Vaccination North-Western Provinces and Oudh 1878-1895 - 1878-1895
Year: 1878
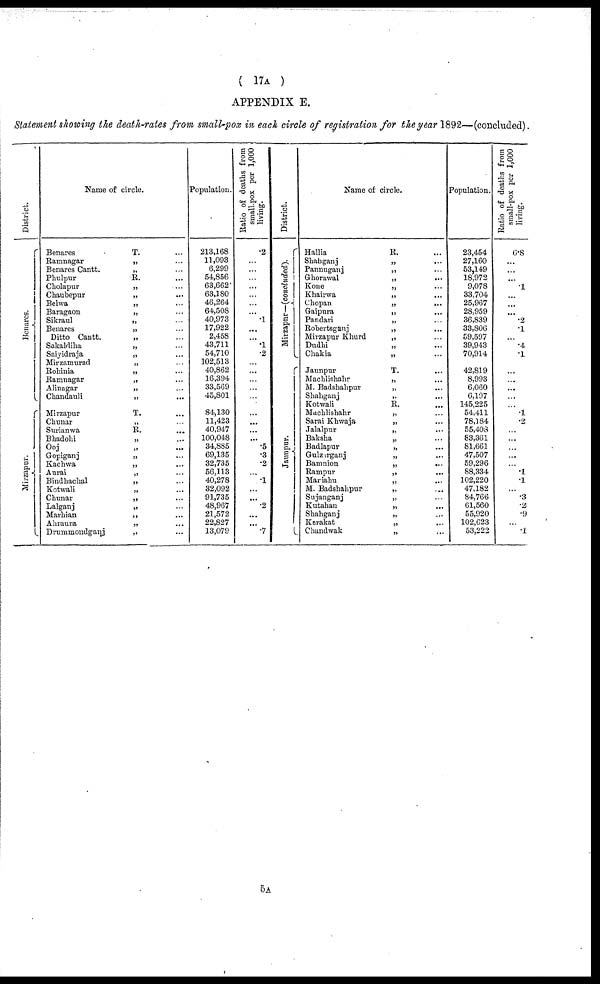
( 17A )
APPENDIX E.
Statement showing the death-rates from small-pox in each circle of registration for the year 1892—(concluded).
District.
Benares.
Mirzapur.
Name of circle.
Benares
T. ....
Ramnagar
„ ...
Benares Cantt.
„ ...
Phulpur
R. ...
Cholapur
„ ...
Chaubepur
„ ...
Belwa
„ ...
Baragaon
„ ...
Sikraul
„ ...
Benares
„ ...
Ditto Cantt.
„ ...
Sakaldiha
„ ...
Saiyidraja
„ ...
Mirzamurad
„ ...
Rohinia
„ ...
Ramnagar
„ ...
Alinagar
„ ...
Chandauli
„ ...
Mirzapur
T. ...
Chunar
„ ...
Surianwa
R. ...
Bhadohi
„ ...
Ooj
„ ...
Gopiganj
„ ...
Kachwa
„ ...
Aurai
„ ...
Bindhachal
„ ...
Kotwali
„ ...
Chunar
„ ...
Lalganj
„ ...
Marhian
„ ...
Ahraura
„ ...
Drummondganj
„ ...
Population.
213,168
11,093
6,299
54,856
63,662
63,180
46,264
64,508
40,973
17,922
2,458
43,711
54,710
102,513
40,862
16,394
33,569
45,801
84,130
11,423
40,947
100,048
34,885
69,135
32,735
56,113
40,278
32,092
91,735
48,967
21,572
22,827
13,079
Ratio of deaths from
small-pox
per 1,000
living.
.2
...
...
...
...
...
...
...
.1
...
...
.1
.2
...
...
...
...
...
...
...
...
...
.5
.3
.2
...
.1
...
...
.2
...
...
.7
District.
Mirzapur—(concluded).
Jaunpur.
Name of circle.
Hallia
R. ...
Shahganj
„ ...
Pannuganj
„ ...
Ghorawal
„
...
Kone
„ ...
Khairwa
„
...
Chopan
„
...
Gaipura
„ ...
Pandari
„ ...
Robertsganj
„ ...
Mirzapur Khurd
„ ...
Dudhi
„ ...
Chakia
„ ...
Jaunpur
T. ...
Machlishahr
„ ...
M. Badshahpur
„ ...
Shahganj
„ ...
Kotwali
R. ...
Machlishahr
„ ...
Sarai Khwaja
„ ...
Jalalpur
„ ...
Baksha
„ ...
Badlapur
„ ...
Gulzarganj
„ ...
Bamnion
„
...
Rampur
„ ...
Mariahu
„ ...
M. Badshahpur
„ ...
Sujanganj
„ ...
Kutahan
„ ...
Shahganj
„ ...
Kerakat
„ ...
Chandwak
„ ...
Population.
23,454
27,160
53,149
18,972
9.078
33,704
25,967
28,959
36,839
33,806
59,597
39,943
70,914
42,819
8,993
6,060
6,197
145,225
54,411
78,184
55,408
83,361
81,661
47,507
59,296
88,334
102,220
47,182
84,766
61,560
55,920
102,623
53,222
Ratio of deaths from
small-pox per 1,000
living.
6.8
...
...
...
.1
...
...
...
.2
.1
...
.4
.1
...
...
...
...
...
.1
.2
...
...
...
...
...
.1
.1
...
.3
.2
.9
...
.1
5A